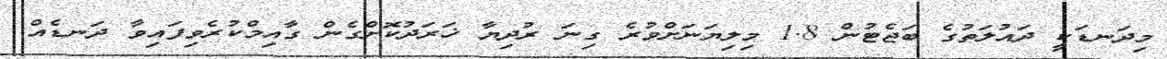
މިދަނޑަކީ ދައުލަތުގެ ބަޖެޓުން 1.8 މިލިޔަނަށްވުރެ ގިނަ ރުދިޔާ ޚަރަދުކޮށްގެން ގާއިމްކުރެވިފައިވާ ދަނޑެއް.